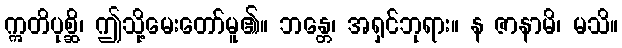
ဣတိပုစ္ဆိ၊ ဤသို့မေးတော်မူ၏။ ဘန္တေ၊ အရှင်ဘုရား။ န ဇာနာမိ၊ မသိ။